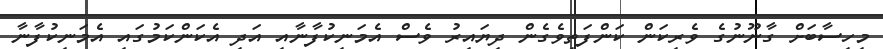
މިހިސާބަށް ގާނޫނުގެ ވެރިކަން ކަންފަތިވެގެން ދިޔައިރު ވެސް އެމަނިކުފާނާއި އަދި އެކަންކަމުގައި އެމަނިކުފާނާ